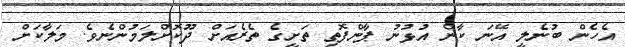
އެހެން ބުނެލީ އޭނަ ކާން އުޅުނު ޕާންފޮތި ތަށީގެ ތެރެއަށް ދޫކޮށްލަމުންނެވެ. މަލާކަށް